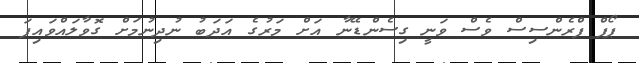
ޕޯޕް ފްރެންސިސް ވެސް ވަނީ ގިސެންޑޭނާ އަށް މަރުގެ އަދަބު ނުދިނުމަށް ގޮވާލައްވައިފަ